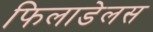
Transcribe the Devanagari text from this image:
फिलाडेलस